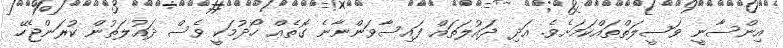
އިންސާނީ ވަސީލަތްތައްކަމަށެވެ. އަދި ދައުލަތައް ފައިސާވަންނާނެ ގޮތެއް ހޯދުމަކީ ވެސް ދައުލަތުން ކުރަންޖެހޭ